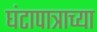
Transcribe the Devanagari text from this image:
घंटापात्राच्या